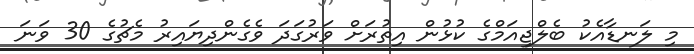
މި ލަނޑާއެކު ބެލްޖިއަމްގެ ކުޅުން އިތުރަށް ވަރުގަދަ ވެގެންދިޔައިރު މެޗުގެ 30 ވަނަ